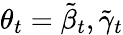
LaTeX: \theta_{t}=\tilde{\beta}_{t},\tilde{\gamma}_{t}